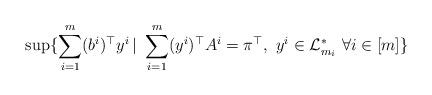
LaTeX: \begin{align*}\sup\{\sum_{i=1}^m(b^i)^{\top}y^i\, | \ \sum_{i=1}^m (y^i)^{\top}A^i = \pi^{\top}, \ y^i\in \mathcal{L}^*_{m_i} \ \forall i \in [m]\}\end{align*}